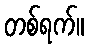
တစ်ရက်။